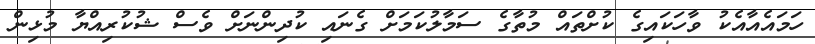
ހަމައެއާއެކު ވާހަކައިގެ ކުށްތައް މުތާގެ ސަމާލުކަމަށް ގެނައި ކުދިންނަށް ވެސް ޝުކުރިއްޔާ މުޅިން